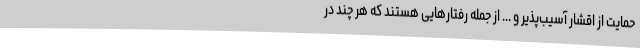
حمایت از اقشار آسیب‌پذیر و ... از جمله رفتارهایی هستند که هر چند در